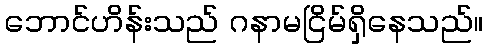
ဘောင်ဟိန်းသည် ဂနာမငြိမ်ရှိနေသည်။